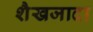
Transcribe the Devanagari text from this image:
शैखजादा